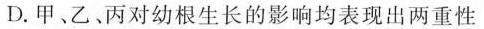
D.甲、乙、丙对幼根生长的影响均表现出两重性